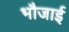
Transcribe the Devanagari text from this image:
भौजाई